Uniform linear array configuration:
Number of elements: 4
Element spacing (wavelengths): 0.75
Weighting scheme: cosine
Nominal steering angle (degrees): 60
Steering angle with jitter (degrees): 61.09
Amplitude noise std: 0.05
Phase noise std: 0.05

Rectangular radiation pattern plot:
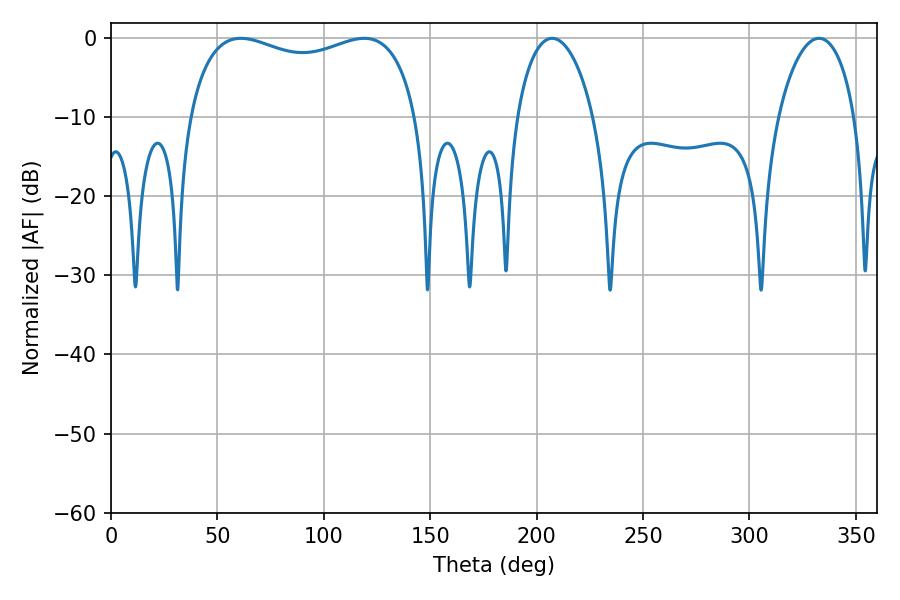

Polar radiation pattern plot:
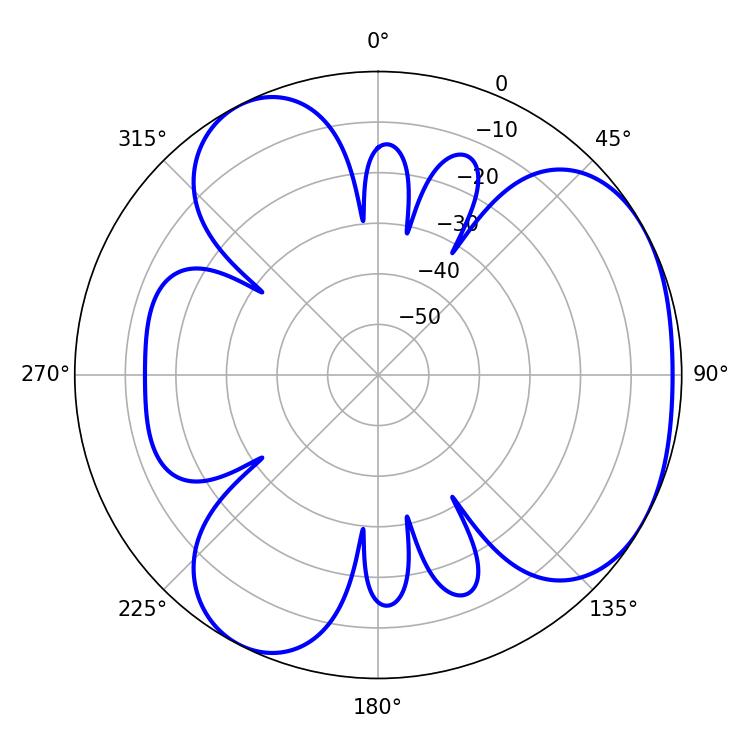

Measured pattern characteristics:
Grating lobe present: TRUE
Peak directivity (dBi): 3.885
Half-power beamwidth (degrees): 88.56
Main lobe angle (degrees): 61.02